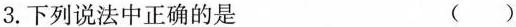
3.下列说法中正确的是 （）